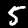
Label: 5